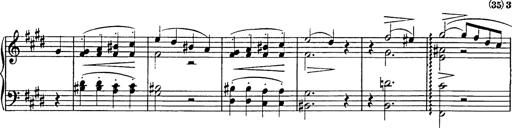
Title: Consolations
Composer: Franz Liszt